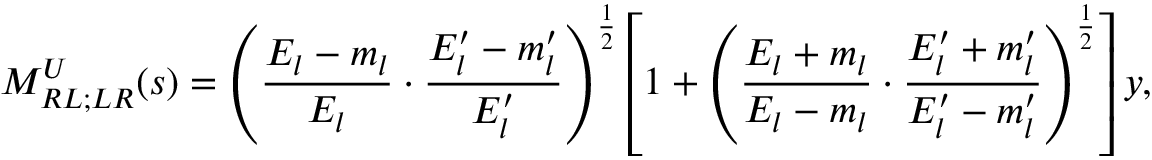
M _ { R L ; L R } ^ { U } ( s ) = \left( \frac { E _ { l } - m _ { l } } { E _ { l } } \cdot \frac { E _ { l } ^ { \prime } - m _ { l } ^ { \prime } } { E _ { l } ^ { \prime } } \right) ^ { \frac { 1 } { 2 } } \left[ 1 + \left( \frac { E _ { l } + m _ { l } } { E _ { l } - m _ { l } } \cdot \frac { E _ { l } ^ { \prime } + m _ { l } ^ { \prime } } { E _ { l } ^ { \prime } - m _ { l } ^ { \prime } } \right) ^ { \frac { 1 } { 2 } } \right] y ,